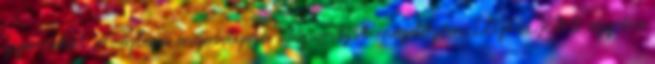
gyermeket a végleges engedélyezés időpontját megelőzően LEGFELJEBB egy éve